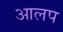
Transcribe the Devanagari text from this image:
आलप